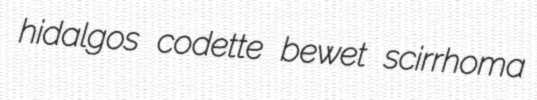
hidalgos codette bewet scirrhoma